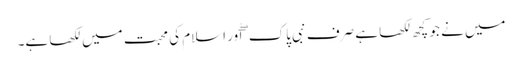
میں نے جو کچھ لکھا ہے صرف نبی پاک ۖ اور اسلام کی محبت میں لکھا ہے۔